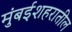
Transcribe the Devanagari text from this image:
मुंबईशहरातील